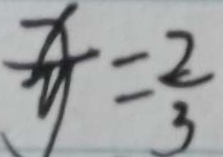
\frac { x } { y } = \frac { 2 } { 3 }